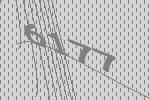
6177